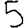
Digit: 5